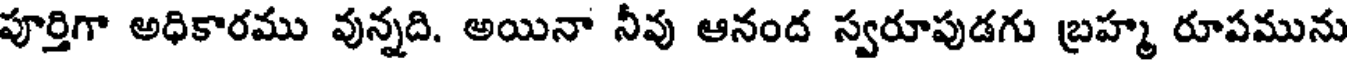
పూర్తిగా అధికారము వున్నది. అయినా నీవు ఆనంద స్వరూపుడగు బ్రహ్మ రూపమును